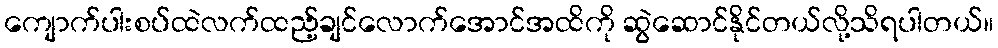
ကျောက်ပါးစပ်ထဲလက်ထည့်ချင်လောက်အောင်အထိကို ဆွဲဆောင်နိုင်တယ်လို့သိရပါတယ်။